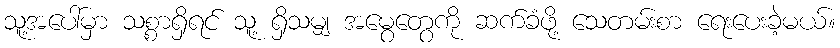
သူ့အပေါ်မှာ သစ္စာရှိရင် သူ့ ရှိသမျှ အမွေတွေကို ဆက်ခံဖို့ သေတမ်းစာ ရေးပေးခဲ့မယ်။